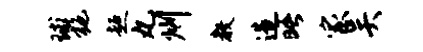
球施超丸州教造晤家吴